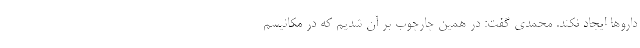
دارو‌ها ایجاد نکند. محمدی گفت: در همین چارچوب بر آن شدیم که در مکانیسم